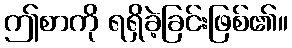
ဤစာကို ရရှိခဲ့ခြင်းဖြစ်၏။